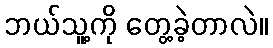
ဘယ်သူ့ကို တွေ့ခဲ့တာလဲ။